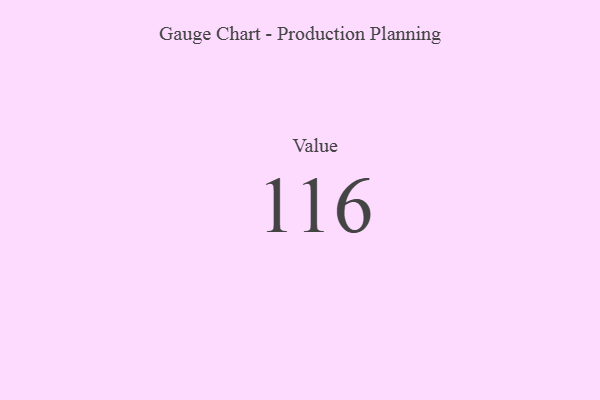
{"axis": {"x": "Metric", "y": "Value"}, "legend": [""], "data": [{"x": "Value", "y": 116, "type": ""}]}